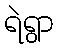
ရဲရွာ